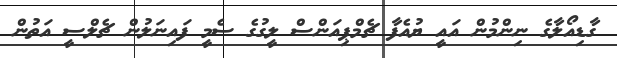
ގާޑިއޯލާގެ ނިންމުން އައީ ޔުއެފާ ޗެމްޕިއަންސް ލީގުގެ ސެމީ ފައިނަލުން ޗެލްސީ އަތުން